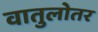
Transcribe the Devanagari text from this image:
वातुलोतर